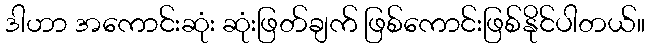
ဒါဟာ အကောင်းဆုံး ဆုံးဖြတ်ချက် ဖြစ်ကောင်းဖြစ်နိုင်ပါတယ်။